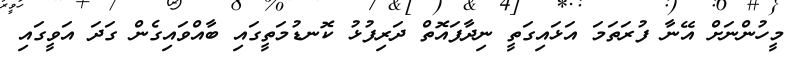
މީހުންނަށް އޭނާ ފުރަތަމަ އަަޅައިގަތީ ނިދާފައޮތް ދަރިފުޅު ކޮނޑުމަތީގައި ބާއްވައިގެން ގަދަ އަވީގައި